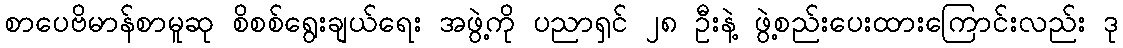
စာပေဗိမာန်စာမူဆု စိစစ်ရွေးချယ်ရေး အဖွဲ့ကို ပညာရှင် ၂၈ ဦးနဲ့ ဖွဲ့စည်းပေးထားကြောင်းလည်း ဒု